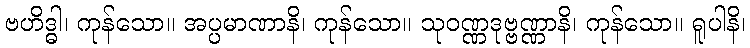
ဗဟိဒ္ဓါ၊ ကုန်သော။ အပ္ပမာဏာနိ၊ ကုန်သော။ သုဝဏ္ဏဒုဗ္ဗဏ္ဏာနိ၊ ကုန်သော။ ရူပါနိ၊